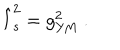
LaTeX: \hat { l } _ { s } ^ { 2 } = g _ { \mathrm { Y M } } ^ { 2 } \ .